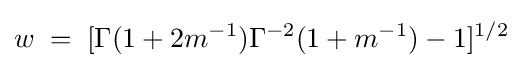
w\;=\;[\Gamma (1+2m^{-1})\Gamma ^{-2}(1+m^{-1})-1]^{1/2}